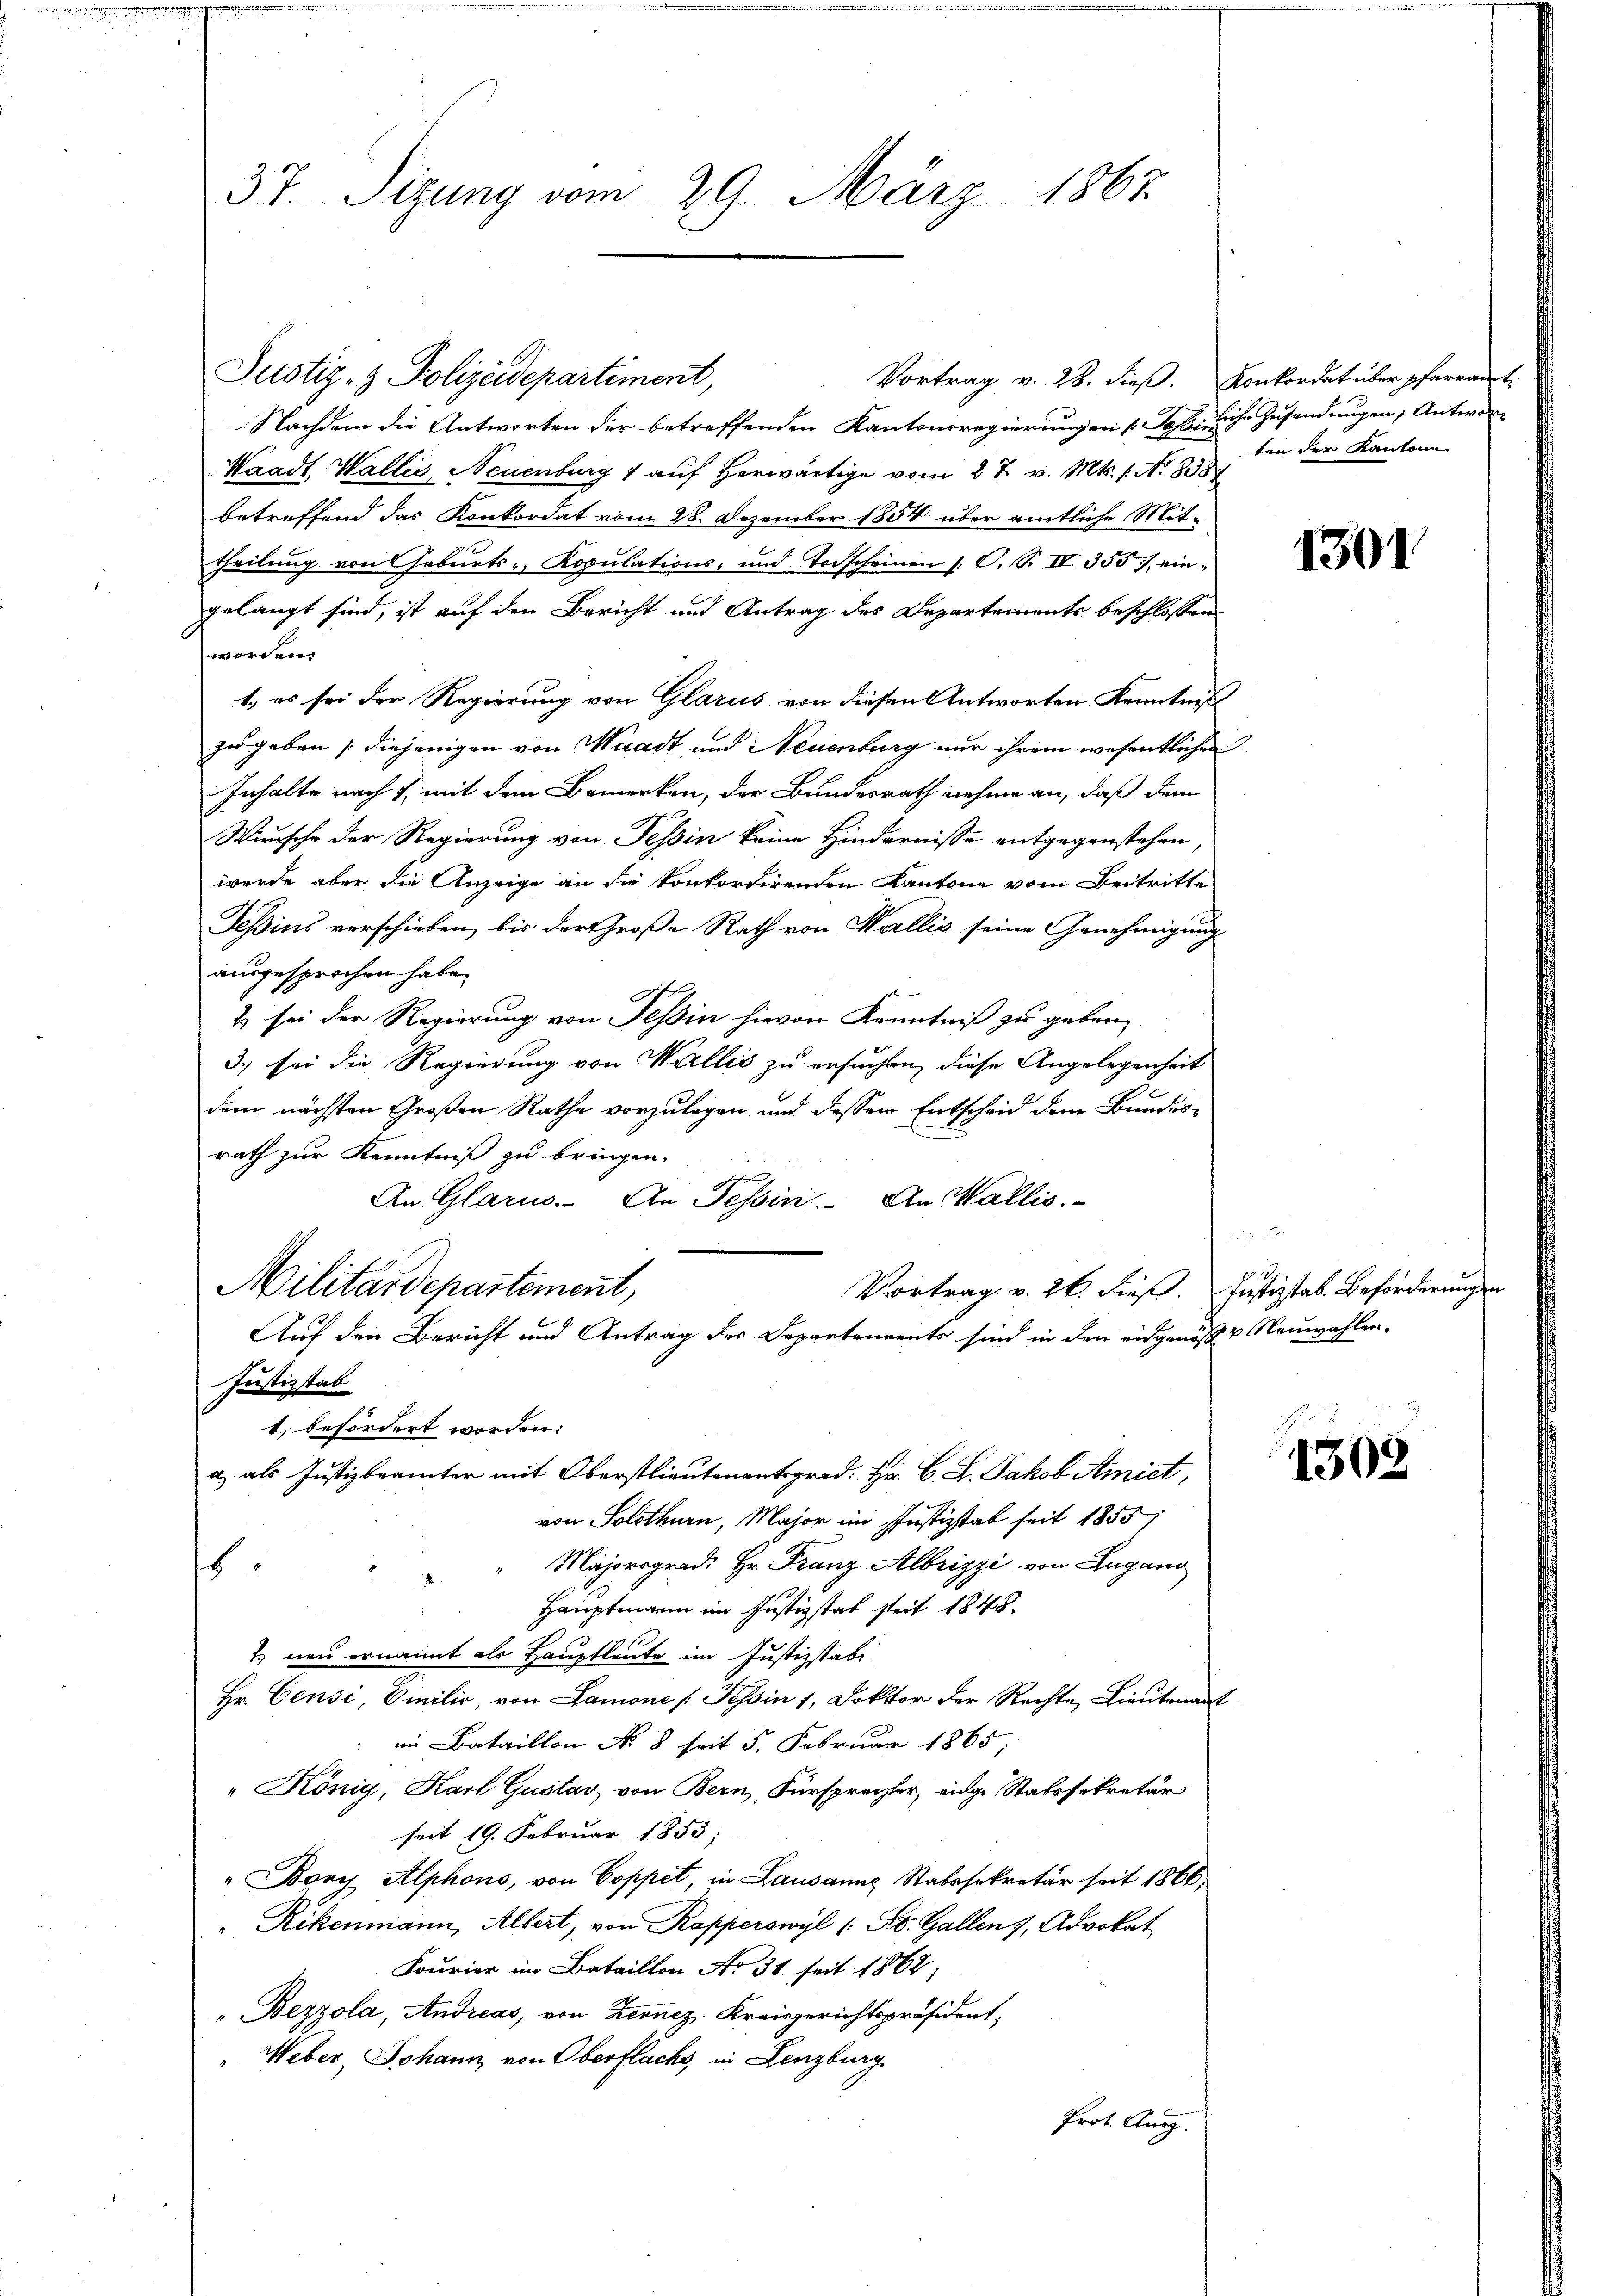
37. Sizung vom 29. März 1867

Justiz- & Polizeidepartement,
Nachdem die Antworten der betreffenden Kantonsregierungen dass ihr Zusendungen, Antwor-
Waadt, Wallis, Neuenburg 1 auf herwärtige vom 27. v. Mts. 1. No. 8387
betreffend das Konkordat vom 28. Dezember 1854 über amtliche Mittheilung von Geburts-, Kopulations- und Todscheinen 1. O. S. IV 355 / eingelangt sind, ist auf den Bericht und Antrag des Departements beschlossen
worden.
1., es sei der Regierung von Glarus von diesen Antworten Kenntniß
zu geben (diejenigen von Waadt und Neuenburg nur ihrem wesentlichen
Inhalte nach 7, mit dem Bemerken, der Bundesrath nehme an, daß dem
Wunsche der Regierung von Tessin keine Hindernisse entgegenstehen,
wurde aber die Anzeige an die konkordirenden Kantone vom Beitritte
Teßins verschieben, bis der Große Rath von Wallis seine Genehmigung
ausgesprochen habe.
A
2) sei der Regierung von Tessin hievon Kenntniß zu geben,
3.) sei die Regierung von Wallis zu ersuchen, diese Angelegenheit
.
dem nächsten Großen Rathe vorzulegen und dessen Entscheid dem Bundesrath zur Kenntniß zu bringen.
An Glarus. An Tessin. An Wallis

Militärdepartement,
Vortrag v. 26. dieß. Justizstab. Beförderungen
Auf den Bericht und Antrag der Departements sind in den eidgenöß u Neuwahlen.
Justizstab
1, befördert worden:
a, als Justizbrämter mit Oberstlieutenantsgrad. Hr. C. L. Jakob Amiet,
von Solothurn, Major im Justizstab seit 1855,
Majorsgrad. Hr. Franz Albrizzi von Zugang
6
Hauptmann im Justizstat seit 1848.
2 neu ernannt als Hauptleute im Justizstabe
Hr. Censi, Emilio, von Lamone [Tessin 1, Doktor der Rechte, Lieutenant
im Bataillon No 8 seit 5. Februar 1865,
" König, Karl Gustav von Bern, Fürsprecher, einge Statssekretär
seit 19. Februar 1853;
„ Bary Alphons, von Coppet, in Lausanne Statssekretär seit 1866;
"Rikenmann, Albert, von Kapperswyl (: St. Gallenz, Advokat
Fourier im Bataillon No. 31 seit 1862;
"Bezzola, Andreas, von Zernez, Kreisgerichtspräsident;
" Weber, Johann von Oberflachs, in Lenzburg
Prot. Ausg.

Vortrag v. 28. dieβ. Konkordat über pfarramt
ten der Kantone

1301

1308